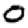
Digit: 0